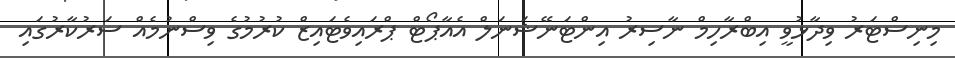
މިނިސްޓަރު ވިދާޅުވީ އިބްރާހިމް ނާސިރު އިންޓަނޭޝަނަލް އެއާޕޯޓް ޕްރައިވެޓައިޒް ކުރުމުގެ ވިސްނުމެއް ސަރުކާރުގައި